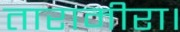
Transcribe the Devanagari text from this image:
तारामीरा।